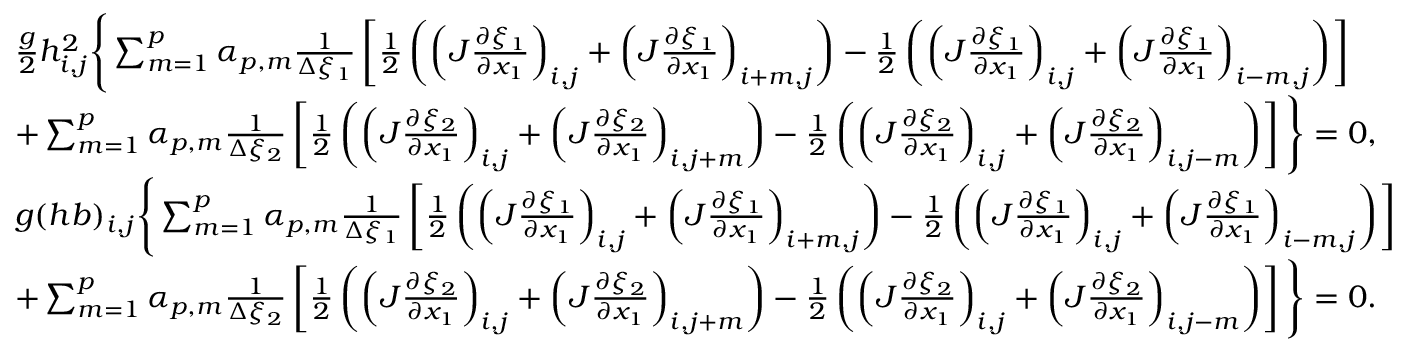
\begin{array} { r l } & { \frac { g } { 2 } h _ { i , j } ^ { 2 } \Bigg \{ \sum _ { m = 1 } ^ { p } \alpha _ { p , m } \frac { 1 } { \Delta \xi _ { 1 } } \left[ \frac { 1 } { 2 } \left( \left( J \frac { \partial \xi _ { 1 } } { \partial x _ { 1 } } \right) _ { i , j } + \left( J \frac { \partial \xi _ { 1 } } { \partial x _ { 1 } } \right) _ { i + m , j } \right) - \frac { 1 } { 2 } \left( \left( J \frac { \partial \xi _ { 1 } } { \partial x _ { 1 } } \right) _ { i , j } + \left( J \frac { \partial \xi _ { 1 } } { \partial x _ { 1 } } \right) _ { i - m , j } \right) \right] } \\ & { + \sum _ { m = 1 } ^ { p } \alpha _ { p , m } \frac { 1 } { \Delta \xi _ { 2 } } \left[ \frac { 1 } { 2 } \left( \left( J \frac { \partial \xi _ { 2 } } { \partial x _ { 1 } } \right) _ { i , j } + \left( J \frac { \partial \xi _ { 2 } } { \partial x _ { 1 } } \right) _ { i , j + m } \right) - \frac { 1 } { 2 } \left( \left( J \frac { \partial \xi _ { 2 } } { \partial x _ { 1 } } \right) _ { i , j } + \left( J \frac { \partial \xi _ { 2 } } { \partial x _ { 1 } } \right) _ { i , j - m } \right) \right] \Bigg \} = 0 , } \\ & { { g } ( h b ) _ { i , j } \Bigg \{ \sum _ { m = 1 } ^ { p } \alpha _ { p , m } \frac { 1 } { \Delta \xi _ { 1 } } \left[ \frac { 1 } { 2 } \left( \left( J \frac { \partial \xi _ { 1 } } { \partial x _ { 1 } } \right) _ { i , j } + \left( J \frac { \partial \xi _ { 1 } } { \partial x _ { 1 } } \right) _ { i + m , j } \right) - \frac { 1 } { 2 } \left( \left( J \frac { \partial \xi _ { 1 } } { \partial x _ { 1 } } \right) _ { i , j } + \left( J \frac { \partial \xi _ { 1 } } { \partial x _ { 1 } } \right) _ { i - m , j } \right) \right] } \\ & { + \sum _ { m = 1 } ^ { p } \alpha _ { p , m } \frac { 1 } { \Delta \xi _ { 2 } } \left[ \frac { 1 } { 2 } \left( \left( J \frac { \partial \xi _ { 2 } } { \partial x _ { 1 } } \right) _ { i , j } + \left( J \frac { \partial \xi _ { 2 } } { \partial x _ { 1 } } \right) _ { i , j + m } \right) - \frac { 1 } { 2 } \left( \left( J \frac { \partial \xi _ { 2 } } { \partial x _ { 1 } } \right) _ { i , j } + \left( J \frac { \partial \xi _ { 2 } } { \partial x _ { 1 } } \right) _ { i , j - m } \right) \right] \Bigg \} = 0 . } \end{array}